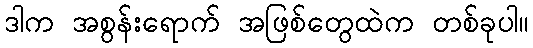
ဒါက အစွန်းရောက် အဖြစ်တွေထဲက တစ်ခုပါ။